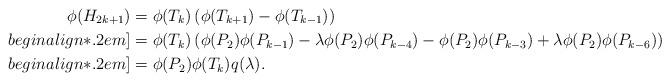
LaTeX: \begin{align*}\phi(H_{2k+1}) &= \phi(T_k)\left(\phi(T_{k+1}) - \phi(T_{k-1})\right)\\begin{align*}.2em]&= \phi(T_k)\left(\phi(P_2)\phi(P_{k-1}) - \lambda\phi(P_2)\phi(P_{k-4}) - \phi(P_2)\phi(P_{k-3}) + \lambda\phi(P_2)\phi(P_{k-6})\right)\\begin{align*}.2em]&= \phi(P_2)\phi(T_k)q(\lambda).\end{align*}